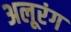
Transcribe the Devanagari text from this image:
अलूरंग